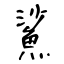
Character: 鯊